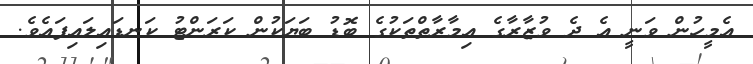
އެމީހުން ވަނީ އެ ދެ ވުޒާރާގެ އިމާރާތްތަކުގެ ބޮޑު ބަޔަކުން ކަރަންޓު ކަނޑައިލައިފައެވެ.